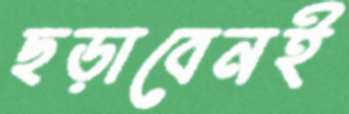
ছড়াবেনই